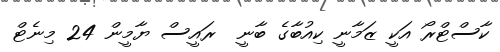
ކާސްޓްރޯ އަކީ ޒަމާނީ ކިއުބާގެ ބާނީ  ރައީސް ޔާމީން 24 މިނެޓް